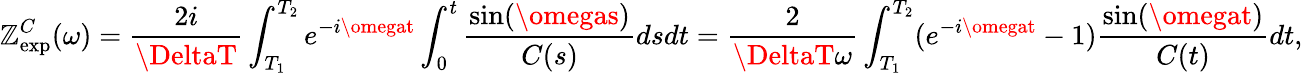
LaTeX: \mathbb{Z}_{\mathrm{{exp}}}^{C}(\omega)=\frac{{2i}}{{\DeltaT}}\int_{T_{1}}^{T_{2}}e^{-i\omegat}\int_{0}^{t}\frac{{\sin(\omegas)}}{{C(s)}}dsdt=\frac{{2}}{{\DeltaT\omega}}\int_{T_{1}}^{T_{2}}(e^{-i\omegat}-1)\frac{{\sin(\omegat)}}{{C(t)}}dt,